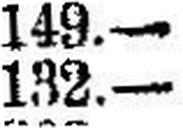
132.—